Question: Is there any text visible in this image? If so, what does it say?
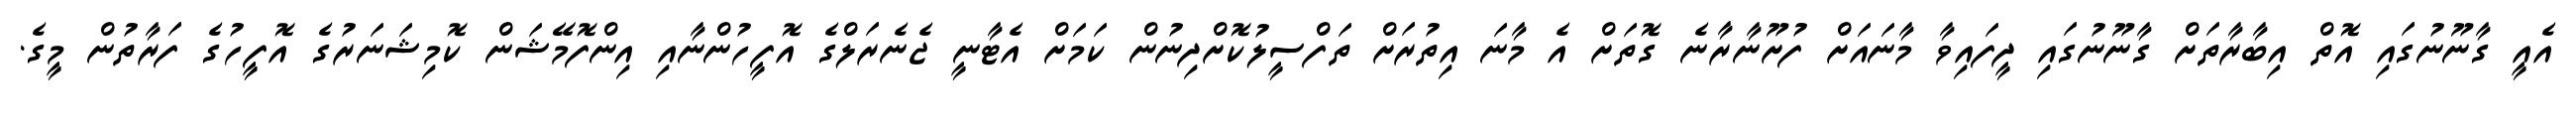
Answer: އެއީ ގާނޫނުގައި އޮތް އިބާރާތަށް ގާނޫނުގައި ދީފައިވާ މާނައަށް ފުށޫނާރާނެ ގޮތަށް އެ މާނަ އިތުރަށް ތަފްސީލުކޮށްދިނުން ކަމަށް އެޓާނީ ޖެނެރަލްގެ އޮފީހުންނާއި އިންފޮމޭޝަން ކޮމިޝަނަރުގެ އޮފީހުގެ ފަރާތުން މީގެ.